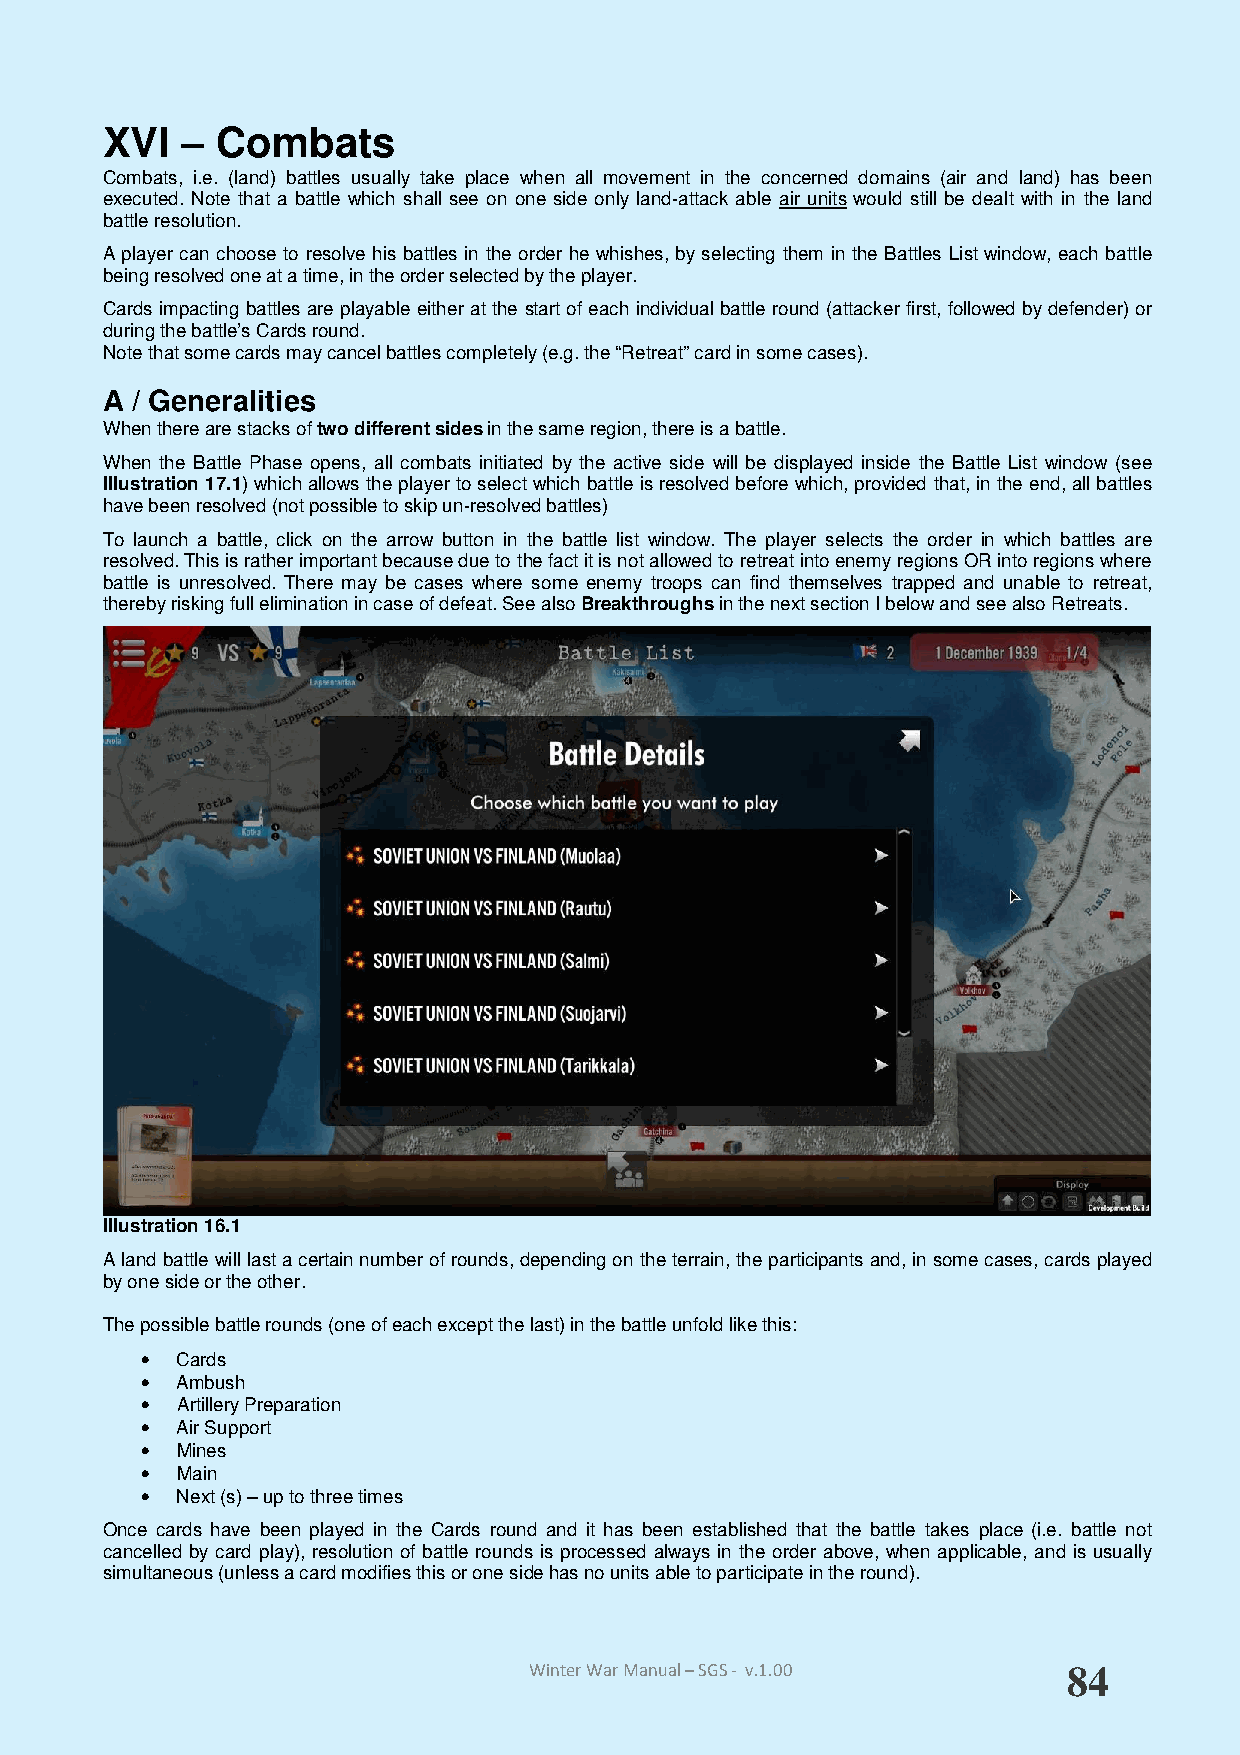
XVI  – Combats
 Combats, i.e. (land) battles usually take place when all movement in the concerned domains (air and land) has been
 executed. Note that a battle which shall see on one side only land-attack able air units would still be dealt with in the land
 battle resolution.
 A player can choose to resolve his battles in the order he whishes, by selecting them in the Battles List window, each battle
 being resolved one at a time, in the order selected by the player.
 Cards impacting battles are playable either at the start of each individual battle round (attacker first, followed by defender) or
 during the battle’s Cards round.
 Note that some cards may cancel battles completely (e.g. the “Retreat” card in some cases).
 A / Generalities
 When there are stacks of two different sides in the same region, there is a battle.
 When the Battle Phase opens, all combats initiated by the active side will be displayed inside the Battle List window (see
 Illustration 17.1) which allows the player to select which battle is resolved before which, provided that, in the end, all battles
 have been resolved (not possible to skip un-resolved battles)
 To launch a battle, click on the arrow button in the battle list window. The player selects the order in which battles are
 resolved. This is rather important because due to the fact it is not allowed to retreat into enemy regions OR into regions where
 battle is unresolved. There may be cases where some enemy troops can find themselves trapped and unable to retreat,
 thereby risking full elimination in case of defeat. See also Breakthroughs in the next section I below and see also Retreats.
 Illustration 16.1
 A land battle will last a certain number of rounds, depending on the terrain, the participants and, in some cases, cards played
 by one side or the other.
 The possible battle rounds (one of each except the last) in the battle unfold like this:
 •  Cards
 •  Ambush
 •  Artillery Preparation
 •  Air Support
 •  Mines
 •  Main
 •  Next (s) – up to three times
 Once cards have been played in the Cards round and it has been established that the battle takes place (i.e. battle not
 cancelled by card play), resolution of battle rounds is processed always in the order above, when applicable, and is usually
 simultaneous (unless a card modifies this or one side has no units able to participate in the round).
 Winter War Manual – SGS - v.1.00    84